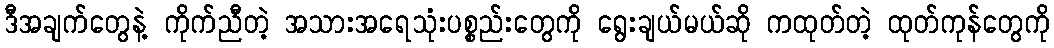
ဒီအချက်တွေနဲ့ ကိုက်ညီတဲ့ အသားအရေသုံးပစ္စည်းတွေကို ရွေးချယ်မယ်ဆို ကထုတ်တဲ့ ထုတ်ကုန်တွေကို